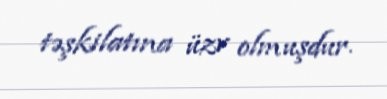
təşkilatına üzv olmuşdur.